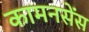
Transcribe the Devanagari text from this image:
कामनसेंस